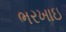
ભરખાઇ